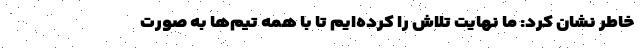
خاطر نشان کرد: ما نهایت تلاش را کرده‌ایم تا با همه تیم‌ها به صورت